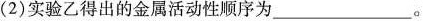
(2)实验乙得出的金属活动性顺序为___。